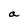
Character: a